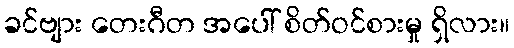
ခင်ဗျား တေးဂီတ အပေါ် စိတ်ဝင်စားမှု ရှိလား။